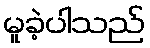
မူခဲ့ပါသည်